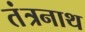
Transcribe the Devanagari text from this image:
तंंत्रनाथ